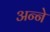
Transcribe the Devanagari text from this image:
अन्‍ने